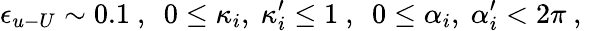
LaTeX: \epsilon_{u{\mathrm{-}}U}\sim 0.1~,~~0\leq\kappa_{i},~\kappa_{i}^{\prime}\leq 1~,~~0\leq\alpha_{i},~\alpha_{i}^{\prime}<2\pi~,~~